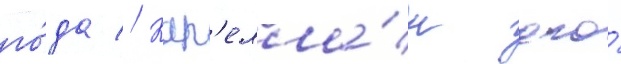
го́да // Кап'елла́н его́